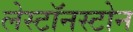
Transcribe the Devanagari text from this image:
लेस्टॉनस्टोन